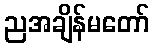
ညအချိန်မတော်